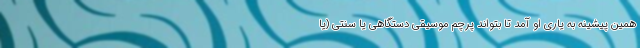
همین پیشینه به یاری او آمد تا بتواند پرچم موسیقی دستگاهی یا سنتی (یا